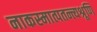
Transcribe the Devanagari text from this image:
नाकस्मात्पतन्त्यश्रूणि